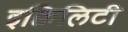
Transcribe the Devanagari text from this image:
इक्विलिटी